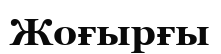
Жоғырғы